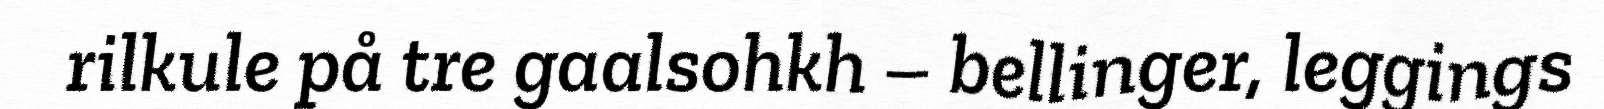
rilkule på tre gaalsohkh – bellinger, leggings